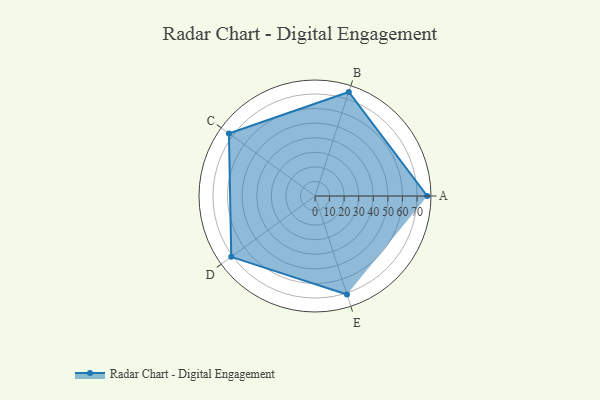
{"axis": {"x": "Skill", "y": "Score"}, "legend": ["Profile"], "data": [{"x": "A", "y": 77.0, "type": "Profile"}, {"x": "B", "y": 75.0, "type": "Profile"}, {"x": "C", "y": 73.0, "type": "Profile"}, {"x": "D", "y": 71.0, "type": "Profile"}, {"x": "E", "y": 71.0, "type": "Profile"}]}